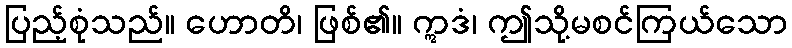
ပြည့်စုံသည်။ ဟောတိ၊ ဖြစ်၏။ ဣဒံ၊ ဤသို့မစင်ကြယ်သော